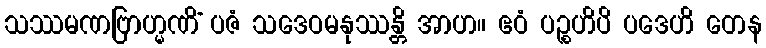
သဿမဏဗြာဟ္မဏိံ ပဇံ သဒေဝမနုဿန္တိ အာဟ။ ဧဝံ ပဉ္စဟိပိ ပဒေဟိ တေန